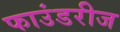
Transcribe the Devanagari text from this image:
फाउंडरीज